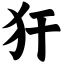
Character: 犴